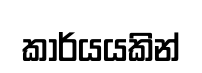
කාර්යයකින්